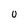
Character: U